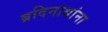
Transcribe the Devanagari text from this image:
ब्रदिनाथांना